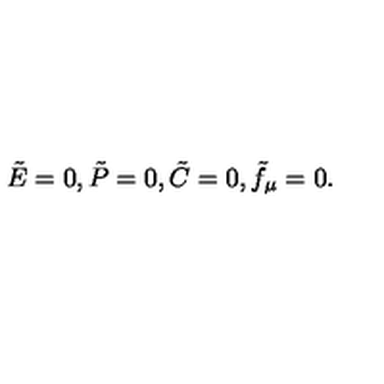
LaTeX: \tilde { E } = 0 , \tilde { P } = 0 , \tilde { C } = 0 , \tilde { f } _ { \mu } = 0 .